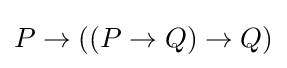
P\to ((P\to Q)\to Q)